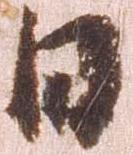
日